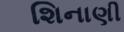
શિનાણી